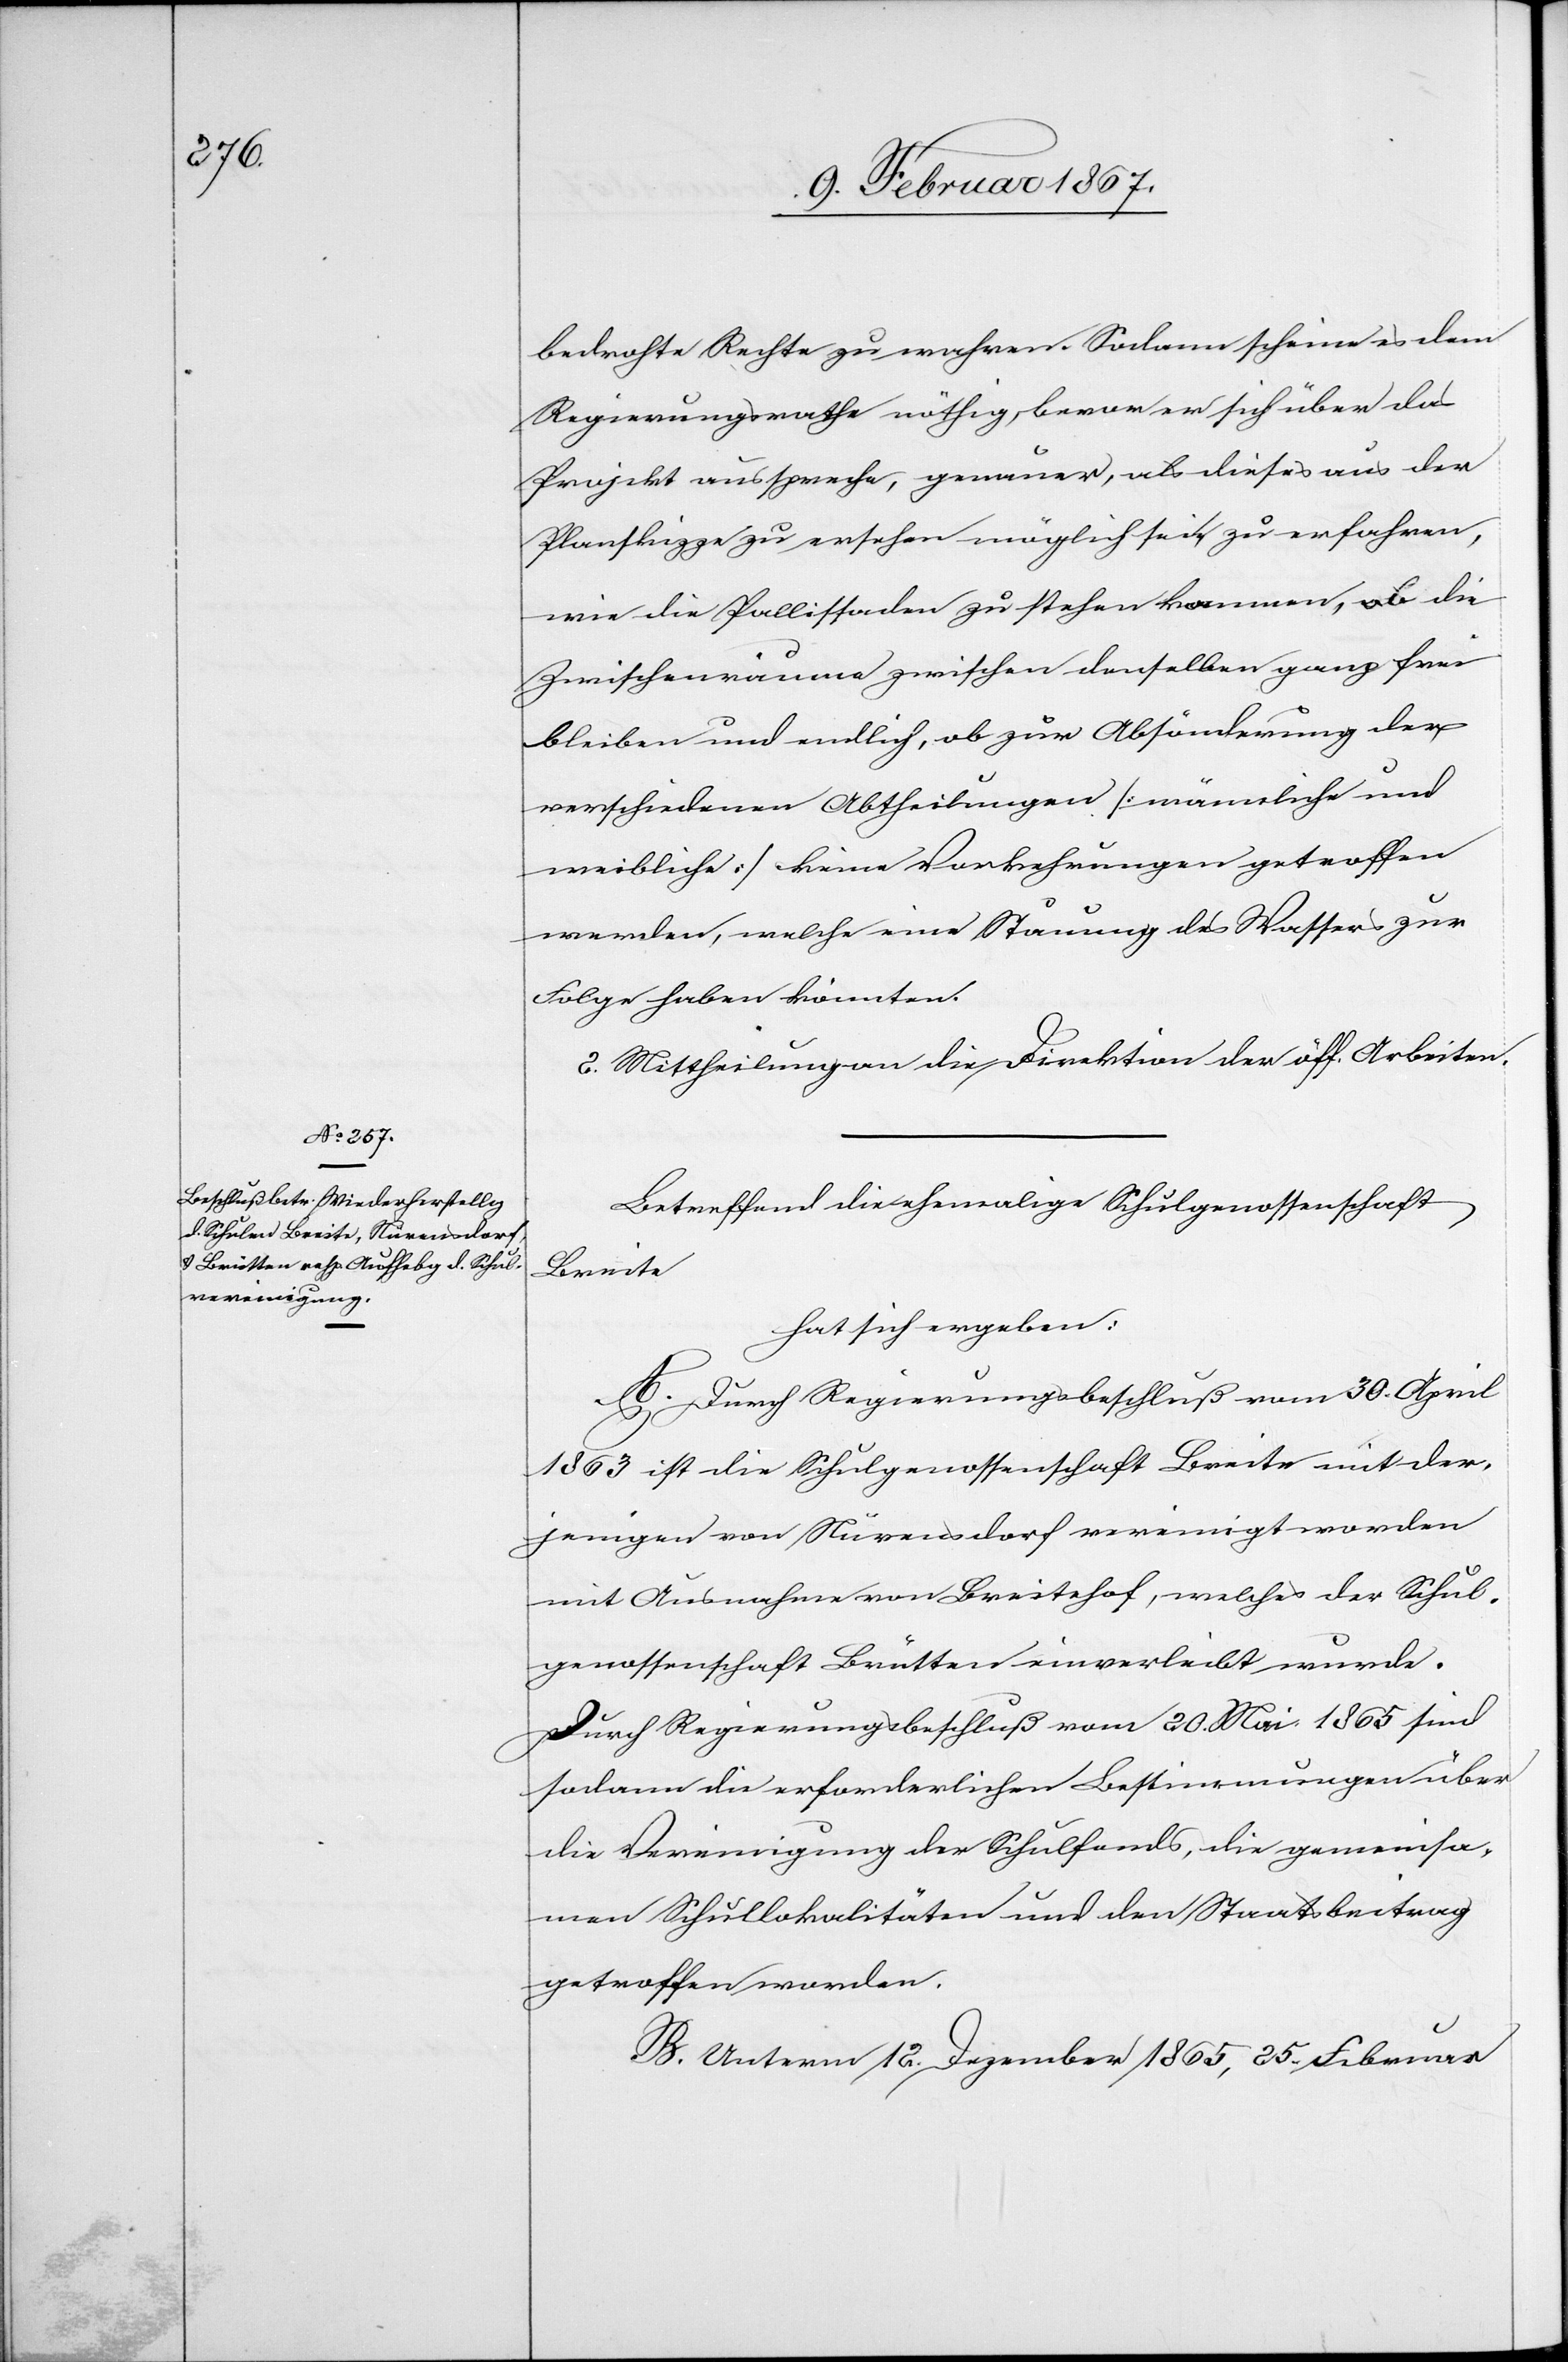
bedachte Rechte zu wahren. Sodann scheine es dem
Regierungsrathe nöthig, bevor er sich über das
Projekt ausspreche, genauer, als dieses aus der
Planskizze zu ersehen möglich sei, zu erfahren,
wie die Pallissaden zu stehen kommen, ob die
Zwischenräume zwischen denselben ganz frei
bleiben und endlich, ob zur Absönderung der
verschiedenen Abtheilungen [männliche und
weibliche] keine Vorkehrungen getroffen
werden, welche eine Stauung des Wassers zur
Folge haben könnten.
2. Mittheilung an die Direktion der öff. Arbeiten.
Betreffend die ehemalige Schulgenossenschaft
Breite
hat sich ergeben:
A. Durch Regierungsbeschluß vom 30. April
1863 ist die Schulgenossenschaft Breite mit der¬
jenigen von Nürensdorf vereinigt worden
mit Ausnahme von Breitehof, welches der Schul¬
genossenschaft Brütten einverleibt wurde.
Durch Regierungsbeschluß vom 20. Mai 1865 sind
sodann die erforderlichen Bestimmungen über
die Vereinigung der Schulfonds, die gemeinsa¬
men Schullokalitäten und den Staatsbeitrag
getroffen worden.
B. Unterm 12. Dezember 1865, 25. Februar